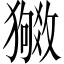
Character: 𬍉